V__Kingissepa_nim__kolhoos, lk 8
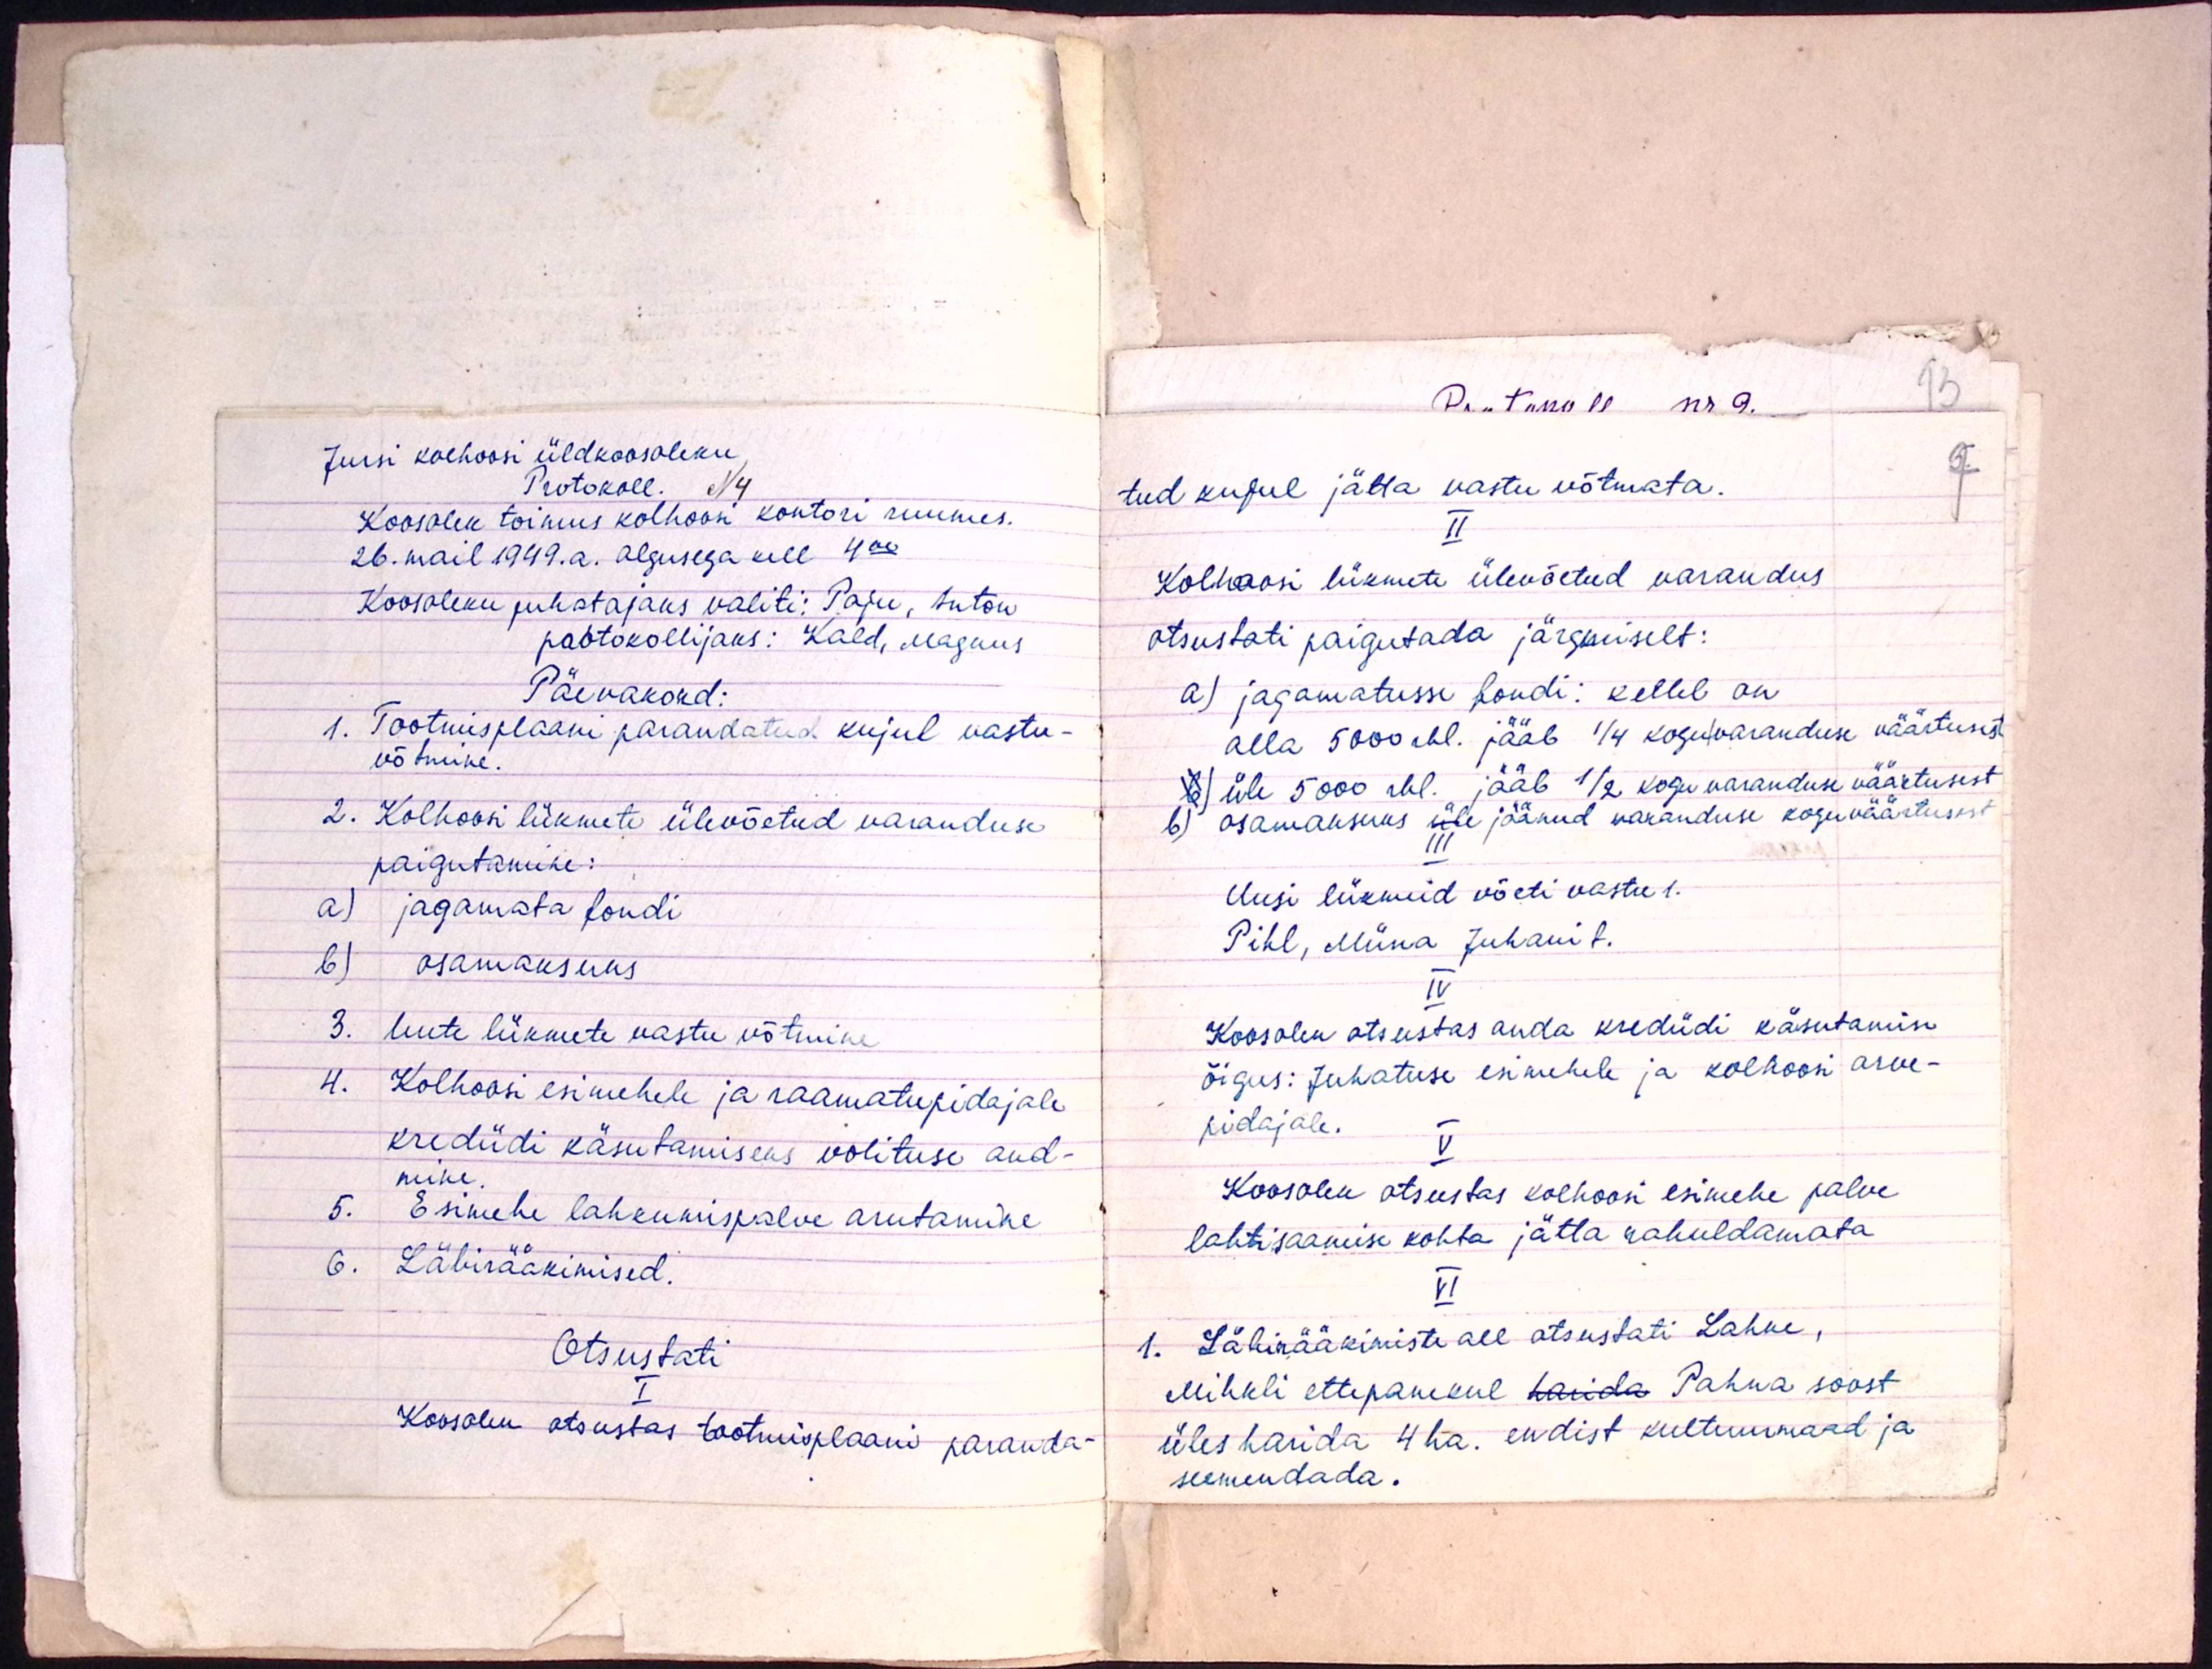
Jursi kolhoosi üldkoosoleku,
Protokoll. N4
Koosolek toimus kolhoosi kontori ruumes.
26. mail 1949. a. algusega kell 4:00
Koosoleku juhatajaks valiti: Paju, Anton
paotokollijaks: Kald, Magnus
Päevakord:
1. Tootmisplaani parandatud kujul vastu-
võtmine.
2. Kolhoosi liikmete ülevõetud varanduse
paigutamine:
a) jagamata fondi
b) osamaksuks
3. Uute liikmete vastu võtmine
4. Kolhoosi esimehele ja raamatupidajale
krediidi käsutamiseks volituse and-
mine
5. Esimehe lahkumispalve arutamine
6. Läbirääkimised.
Otsustati
I
Koosolek otsustas tootmisplaani paranda-

tud kujul jätta vastu võtmata.
II
Kolhoosi liikmete ülevõetud varandus
otsustati paigutada järgmiselt:
a) jagamatusse fondi: kellel on
alla 5000 rbl. jääb 1/4 koguvaranduse väärtusest
b) üle 5000 rbl. jääb 1/2 kogu varanduse väärtusest
b) osamaksuks üle jäänud varanduse koguväärtusest
III
Uusi liikmeid võeti vastu t.
Pihl, Miina Juhani t.,
IV
Koosolek otsustas anda krediidi käsutamise
õigus: Juhatuse esimehele ja kolhoosi arve-
pidajale.
V
Koosolek otsustas kolhoosi esimehe palve
lahtisaamise kohta jätta rahuldamata
VI
1. Läbirääkimiste all otsustati Lahke,
Mihkli ettepanekul harida Pahna soost
üles harida 4 ha. endist kulturumaad ja
seemendada.